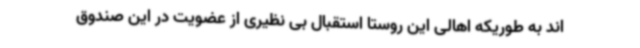
اند به طوریکه اهالی این روستا استقبال بی نظیری از عضویت در این صندوق